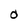
Character: O